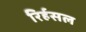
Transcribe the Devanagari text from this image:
रिर्हसल